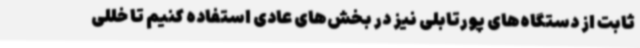
ثابت از دستگاه‌های پورتابلی نیز در بخش‌های عادی استفاده کنیم تا خللی